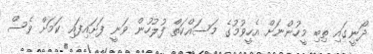
ދޯނީގައި ތިބި މީހުންނަށް އެހީވުމުގެ މަސައްކަތް ފުލުހުން ވަނީ ފަށައިފައި ކަމަށް ވެސް